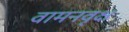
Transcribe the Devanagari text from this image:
वामनवृक्ष